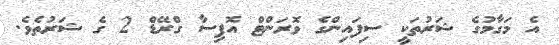
އެ މަގާމުގެ ޝަރުތަކީ ސިފައިންގެ ވޮރަންޓް އޮފިސާ ގްރޭޑް 2 ގެ ޝަރުތެވެ.